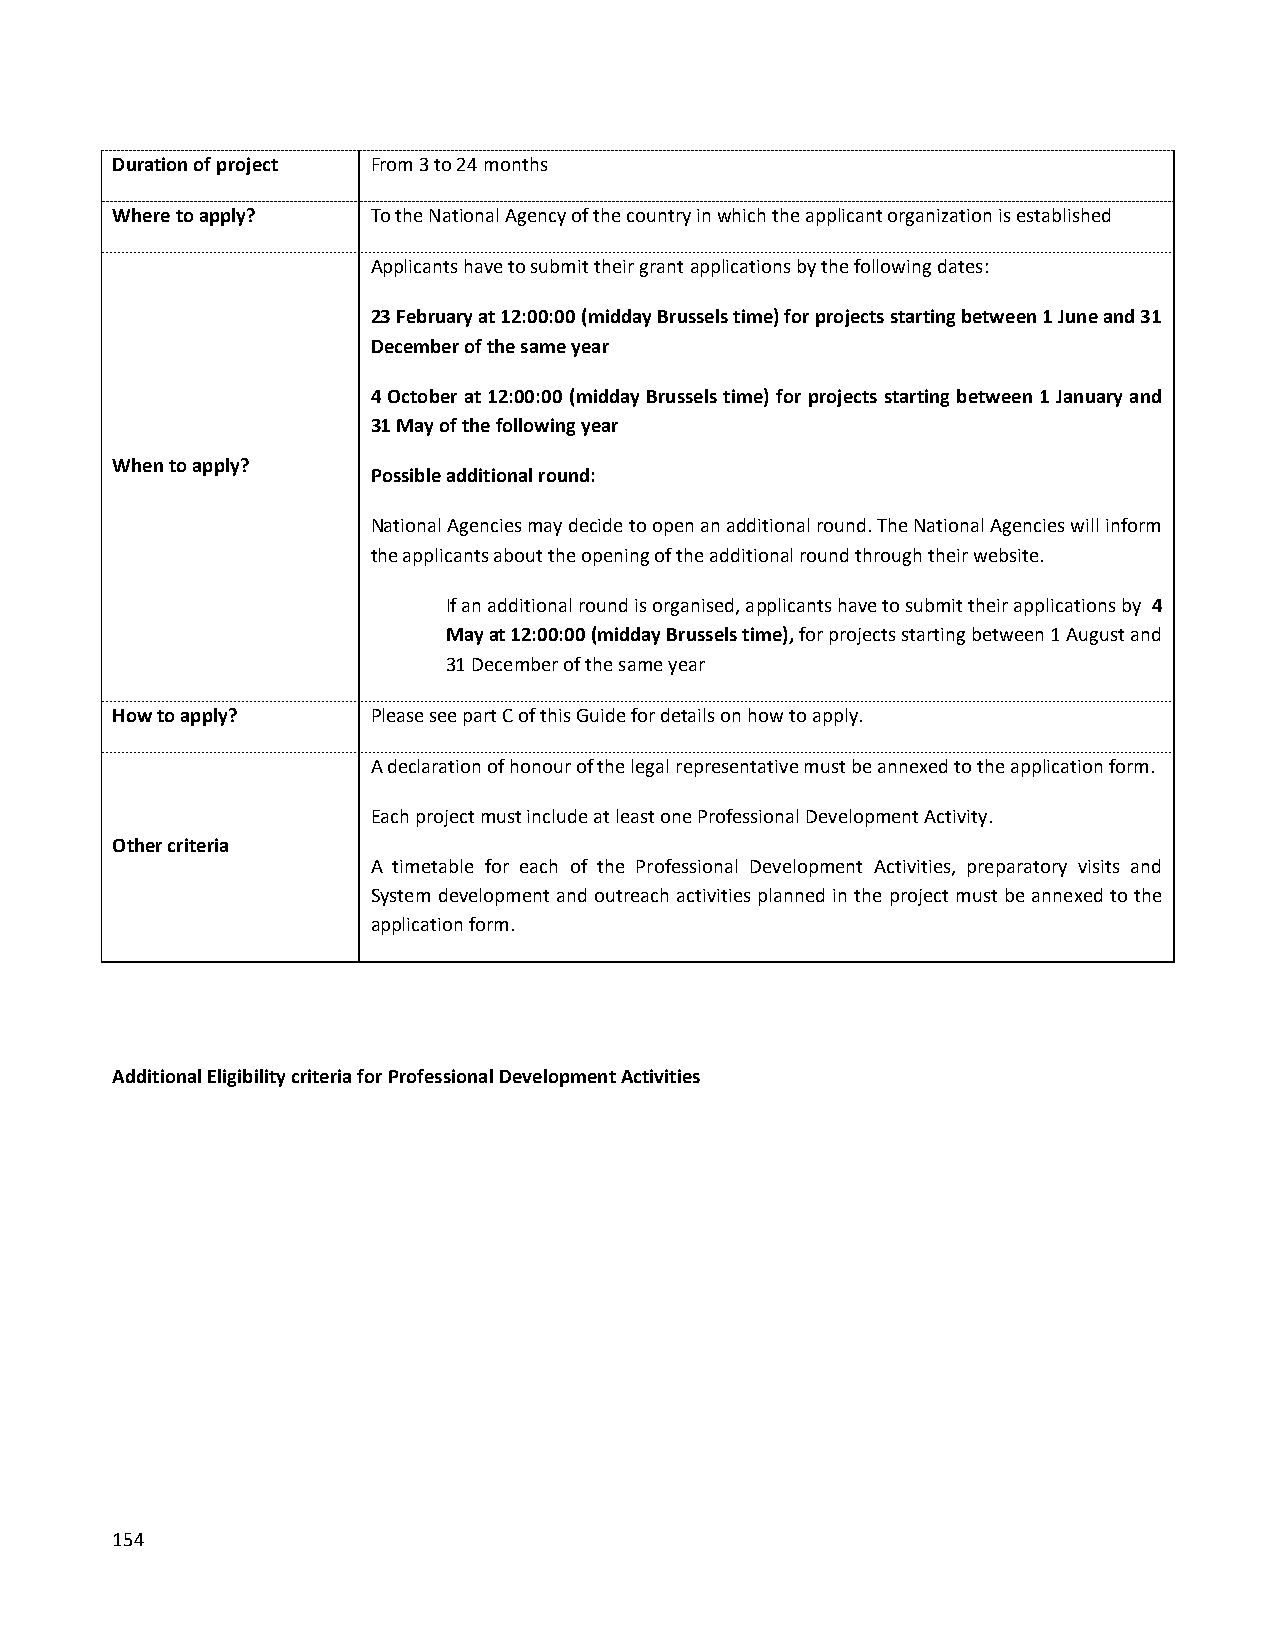
Duration of project From 3 to 24 months
 Where to apply?   To the National Agency of the country in which the applicant organization is established
 Applicants have to submit their grant applications by the following dates:
 23 February at 12:00:00 (midday Brussels time) for projects starting between 1 June and 31
 December of the same year
 4 October at 12:00:00 (midday Brussels time) for projects starting between 1 January and
 31 May of the following year
 When to apply?
 Possible additional round:
 National Agencies may decide to open an additional round. The National Agencies will inform
 the applicants about the opening of the additional round through their website.
 If an additional round is organised, applicants have to submit their applications by 4
 May at 12:00:00 (midday Brussels time), for projects starting between 1 August and
 31 December of the same year
 How to apply?     Please see part C of this Guide for details on how to apply.
 A declaration of honour of the legal representative must be annexed to the application form.
 Each project must include at least one Professional Development Activity.
 Other criteria
 A timetable for each of the Professional Development Activities, preparatory visits and
 System development and outreach activities planned in the project must be annexed to the
 application form.
 Additional Eligibility criteria for Professional Development Activities
 154